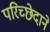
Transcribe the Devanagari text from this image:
परिच्छेदाने